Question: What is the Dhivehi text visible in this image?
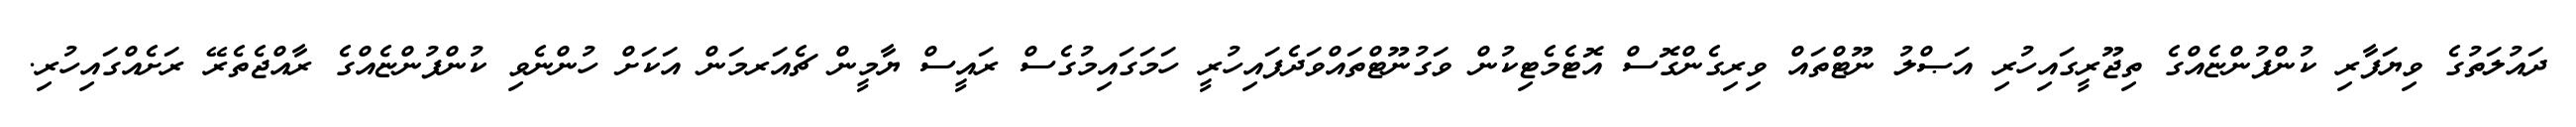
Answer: ދައުލަތުގެ ވިޔަފާރި ކުންފުންޏެއްގެ ތިޖޫރީގައިހުރި އަޞްލު ނޫޓްތައް ވިރިގެންގޮސް އޮޓެމެޓިކުން ވަގުނޫޓްތައްވަދެފައިހުރީ ހަމަގައިމުގެސް ރައީސް ޔާމީން ޗެއަރމަން އަކަށް ހުންނެވި ކުންފުންޏެއްގެ ރާއްޖެތެރޭ ރަށެއްގައިހުރި.